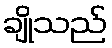
ချိုသည်